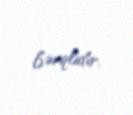
fərqlidir.